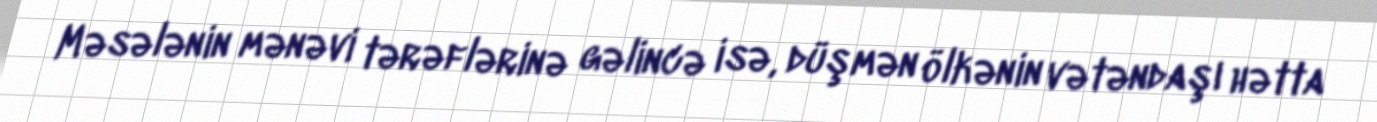
Məsələnin mənəvi tərəflərinə gəlincə isə, düşmən ölkənin vətəndaşı hətta